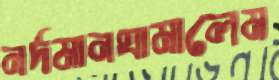
নর্দমানঘামালেম